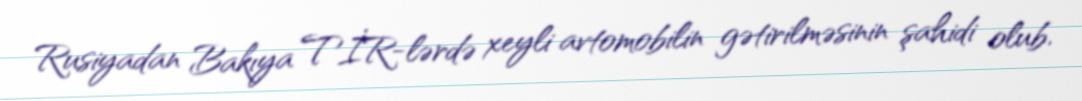
Rusiyadan Bakıya TİR-lərdə xeyli avtomobilin gətirilməsinin şahidi olub.